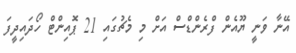
އޭނާ ވަނީ ޔޫއެން ފްރެންޑްސް އަށް މި މެޗުގައި 21 ޕޮއިންޓް ހޯދައިދީފަ